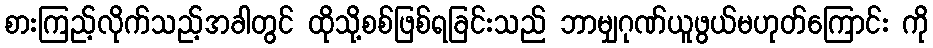
စားကြည့်လိုက်သည့်အခါတွင် ထိုသို့စစ်ဖြစ်ရခြင်းသည် ဘာမျှဂုဏ်ယူဖွယ်မဟုတ်ကြောင်း ကို